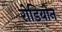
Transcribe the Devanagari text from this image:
रोडियोन